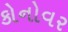
કોનોવર